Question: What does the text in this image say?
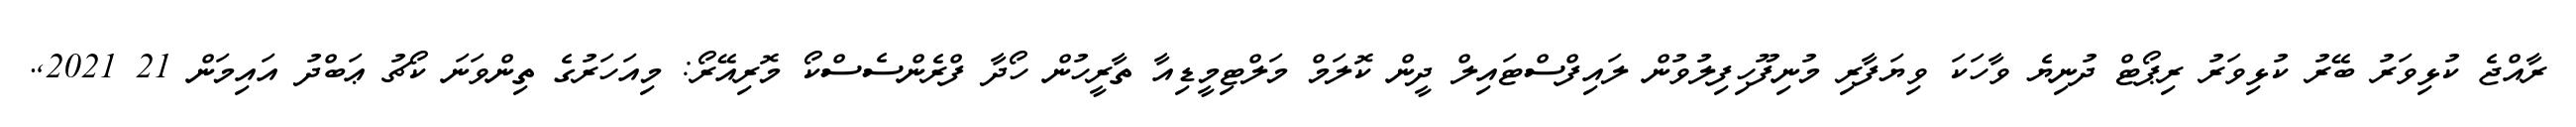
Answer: ރާއްޖެ ކުޅިވަރު ބޭރު ކުޅިވަރު ރިޕޯޓް ދުނިޔެ ވާހަކަ ވިޔަފާރި މުނިފޫހިފިލުވުން ލައިފްސްޓައިލް ދީން ކޮލަމް މަލްޓިމީޑިއާ ތާރީހުން ހޯދާ ފްރެންސެސްކޯ މޮރިއޭރޯ: މިއަހަރުގެ ތިންވަނަ ކޯޗު ޢަބްދު އައިމަން 21 2021,.